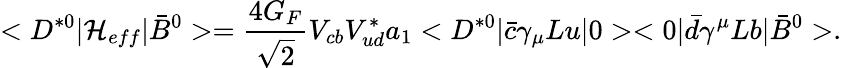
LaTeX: <D^{*0}|{\cal H}_{eff}|\bar{B}^{0}>=\frac{4G_{F}}{\sqrt{2}}V_{cb}V_{ud}^{*}a_{1}<D^{*0}|\bar{c}\gamma_{\mu}Lu|0><0|\bar{d}\gamma^{\mu}Lb|\bar{B}^{0}>.